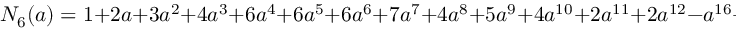
N _ { 6 } ( a ) = 1 + 2 a + 3 a ^ { 2 } + 4 a ^ { 3 } + 6 a ^ { 4 } + 6 a ^ { 5 } + 6 a ^ { 6 } + 7 a ^ { 7 } + 4 a ^ { 8 } + 5 a ^ { 9 } + 4 a ^ { 1 0 } + 2 a ^ { 1 1 } + 2 a ^ { 1 2 } - a ^ { 1 6 } + a ^ { 1 7 } .